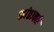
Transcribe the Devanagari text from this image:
कांठावर्क